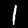
Digit: 1